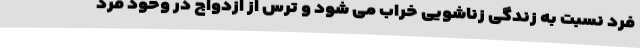
فرد نسبت به زندگی زناشویی خراب می شود و ترس از ازدواج در وحود فرد